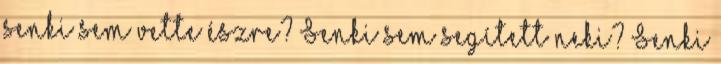
senki sem vette észre? Senki sem segített neki? Senki